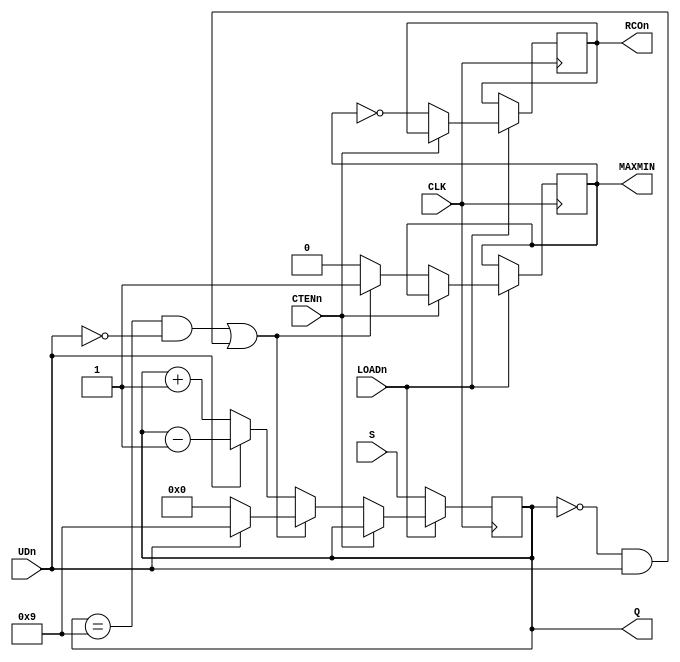
module lab4a(CLK, UDn, LOADn, CTENn, S, Q, MAXMIN, RCOn);
input CLK, UDn, LOADn, CTENn;
input [3:0] S;
output reg[3:0] Q;
output reg MAXMIN, RCOn;
//initial Q=0;

always @(posedge CLK) begin
	if (!LOADn) Q <= S;
	else if (!CTENn) begin
		if ((Q==9 && !UDn)||(Q==0 && UDn)) begin
			Q <= (!UDn) ? 0 : 9;
			MAXMIN <= 1;
		end
		else begin
			Q <= (!UDn) ? Q + 1 : Q - 1;
			MAXMIN <= 0;
		end
		RCOn <= ~MAXMIN;
	end
end

endmodule 

//testbench

module tb1();
reg CLK, UDn, LOADn, CTENn;
reg [3:0] S;
wire [3:0] Q;
wire MAXMIN, RCOn;

lab4a tb(CLK, UDn, LOADn, CTENn, S, Q, MAXMIN, RCOn);

always #20  CLK = ~CLK;

initial begin
  UDn=0; LOADn=1; CTENn=0; CLK=0; S=0; 
  #100 S=4'b0010; LOADn=0;
  #50 LOADn=1;
  #100 UDn=1;
  #100 CTENn=1;
  #50 CTENn=0;
  #200 $stop;
end
endmodule